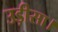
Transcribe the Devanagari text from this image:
उड़ीसा।